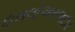
દાખલોઅરજદાર